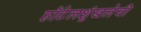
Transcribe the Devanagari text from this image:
हॉटेलशृंखलेची